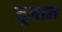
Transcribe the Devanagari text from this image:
तूनान